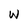
Character: w